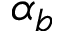
\alpha _ { b }